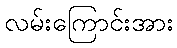
လမ်းကြောင်းအား